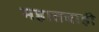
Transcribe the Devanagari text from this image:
महातबाही